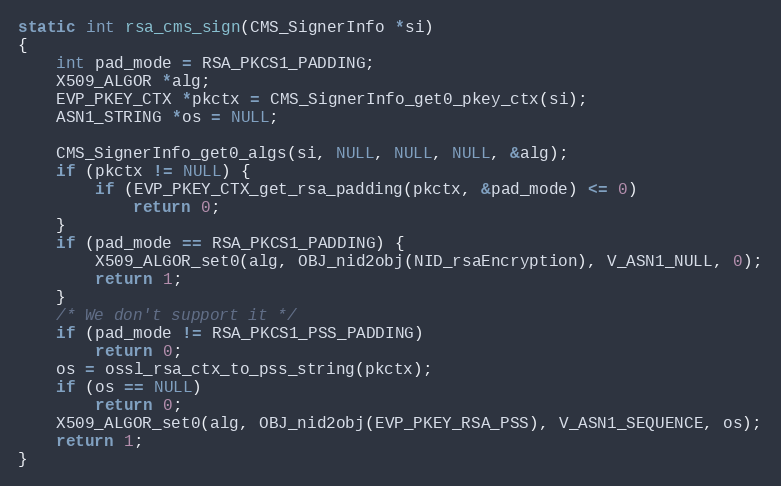
Language: C
static int rsa_cms_sign(CMS_SignerInfo *si)
{
    int pad_mode = RSA_PKCS1_PADDING;
    X509_ALGOR *alg;
    EVP_PKEY_CTX *pkctx = CMS_SignerInfo_get0_pkey_ctx(si);
    ASN1_STRING *os = NULL;

    CMS_SignerInfo_get0_algs(si, NULL, NULL, NULL, &alg);
    if (pkctx != NULL) {
        if (EVP_PKEY_CTX_get_rsa_padding(pkctx, &pad_mode) <= 0)
            return 0;
    }
    if (pad_mode == RSA_PKCS1_PADDING) {
        X509_ALGOR_set0(alg, OBJ_nid2obj(NID_rsaEncryption), V_ASN1_NULL, 0);
        return 1;
    }
    /* We don't support it */
    if (pad_mode != RSA_PKCS1_PSS_PADDING)
        return 0;
    os = ossl_rsa_ctx_to_pss_string(pkctx);
    if (os == NULL)
        return 0;
    X509_ALGOR_set0(alg, OBJ_nid2obj(EVP_PKEY_RSA_PSS), V_ASN1_SEQUENCE, os);
    return 1;
}